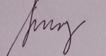
Signature authenticity: genuine